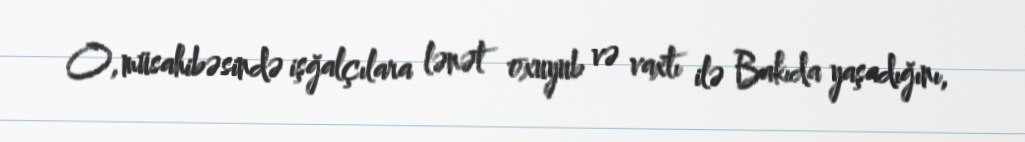
O, müsahibəsində işğalçılara lənət oxuyub və vaxtı ilə Bakıda yaşadığını,